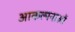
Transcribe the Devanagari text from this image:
आकल्पनाओं